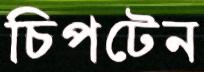
চিপটেন